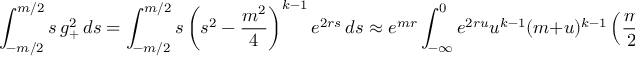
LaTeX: \int _ { - m / 2 } ^ { m / 2 } { s \, g _ { + } ^ { 2 } \, d s } = \int _ { - m / 2 } ^ { m / 2 } { s \left( s ^ { 2 } - \frac { m ^ { 2 } } { 4 } \right) ^ { k - 1 } e ^ { 2 r s } \, d s } \approx e ^ { m r } \int _ { - \infty } ^ { 0 } e ^ { 2 r u } u ^ { k - 1 } ( m + u ) ^ { k - 1 } \left( { \frac { m } { 2 } } + u \right) \, d u \, .